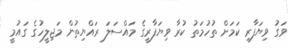
ވަގު ވިޔަފާރި ކަމަށް ތުހުމަތު ކުރާ ވިޔަފާރީގެ މައްސަލަ ރައްޔިތުން މަޖިލީހުގެ ގައުމީ